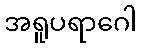
အရူပရာဂေါ